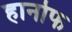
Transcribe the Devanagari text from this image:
हानोफ